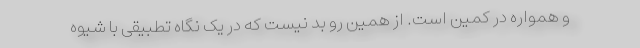
و همواره در کمین است. از همین رو بد نیست که در یک نگاه تطبیقی با شیوه